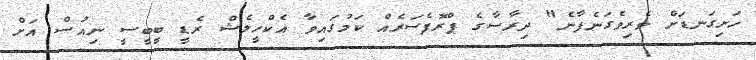
ހަށިގަނޑަށް ވެރިވެގަނެފާނެ" ދިރާސާގެ ޕްރޮފެސަރެއް ކަމުގައިވާ އެކްހީލެޝް ރެޑީ ބީބީސީ ނިއުސް އަށް